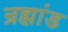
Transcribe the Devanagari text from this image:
न्रह्मांड